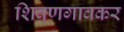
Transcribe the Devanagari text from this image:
शिवणगावकर